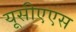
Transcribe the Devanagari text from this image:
यूसीएएस